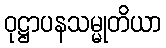
ဝုဋ္ဌာပနသမ္မုတိယာ